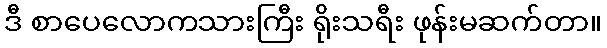
ဒီ စာပေလောကသားကြီး ရိုးသရီး ဖုန်းမဆက်တာ။